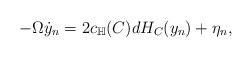
LaTeX: \begin{align*}-\Omega \dot{y}_n = 2c_{\mathbb{H}}(C) dH_C(y_n) + \eta_n,\end{align*}